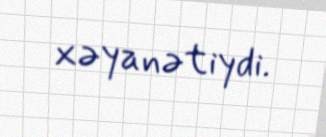
xəyanətiydi.